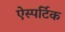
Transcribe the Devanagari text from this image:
ऐस्पर्टिक